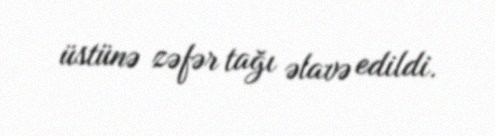
üstünə zəfər tağı əlavə edildi.